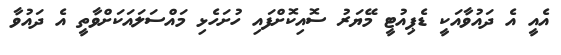
އެއީ އެ ދައުވާއަކީ ޑެޕިއުޓީ މޭޔަރު ސޮއިކޮށްފައި ހުށަހެޅި މައްސަލައަކަށްވާތީ އެ ދައުވާ